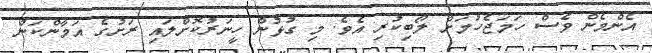
އެންމެން ވެސް ހަމަޖެހުމަށް ލޯބިކުރި އެވެ. މި ގުޅުން ހީނަރުކޮށްލައި ރަށުގެ އަމާންކަން